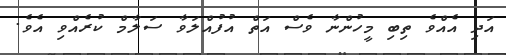
އަދި އެއްވެ ތިބި މީހުންނާ ވެސް އަތް އުފުއްލަވާ ސަލާމް ކުރެއްވި އެވެ.